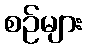
စဉ်များ